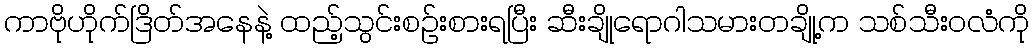
ကာဗိုဟိုက်ဒြိတ်အနေနဲ့ ထည့်သွင်းစဉ်းစားရပြီး ဆီးချိုရောဂါသမားတချို့က သစ်သီးဝလံကို